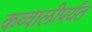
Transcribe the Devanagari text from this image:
कव्वालीपर्यंत